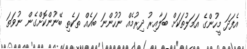
އެފަދަ މީހުންގެ އަމަލުތަކަށް ބަލާއިރު ދިރުމެއް ނުހުންނަ ބައެއް ތަކެތި ބޭނުންކޮށްގެން ނުވަތަ